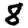
Digit: 8